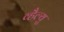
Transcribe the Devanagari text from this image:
व्हैल्यु